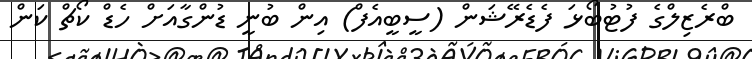
ބްރެޒިލްގެ ފުޓުބޯޅަ ފެޑެރޭޝަން (ސީބީއެފް) އިން ބުނީ ޑުންގާއަށް ހެޑް ކޯޗް ކަން